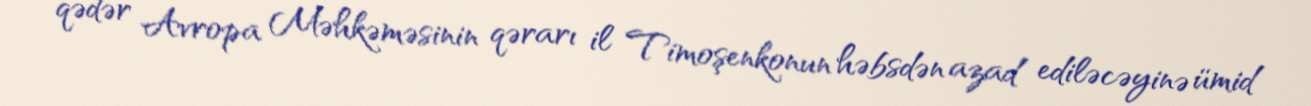
qədər Avropa Məhkəməsinin qərarı il Timoşenkonun həbsdən azad ediləcəyinə ümid